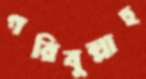
গরিবুল্লাহ